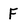
Character: F